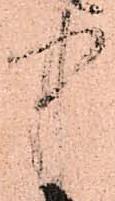
中